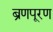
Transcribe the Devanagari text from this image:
ब्रणपूरण